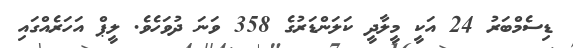
ޑިސެމްބަރު 24 އަކީ މީލާދީ ކަލަންޑަރުގެ 358 ވަނަ ދުވަހެވެ. ލީޕް އަހަރެއްގައި